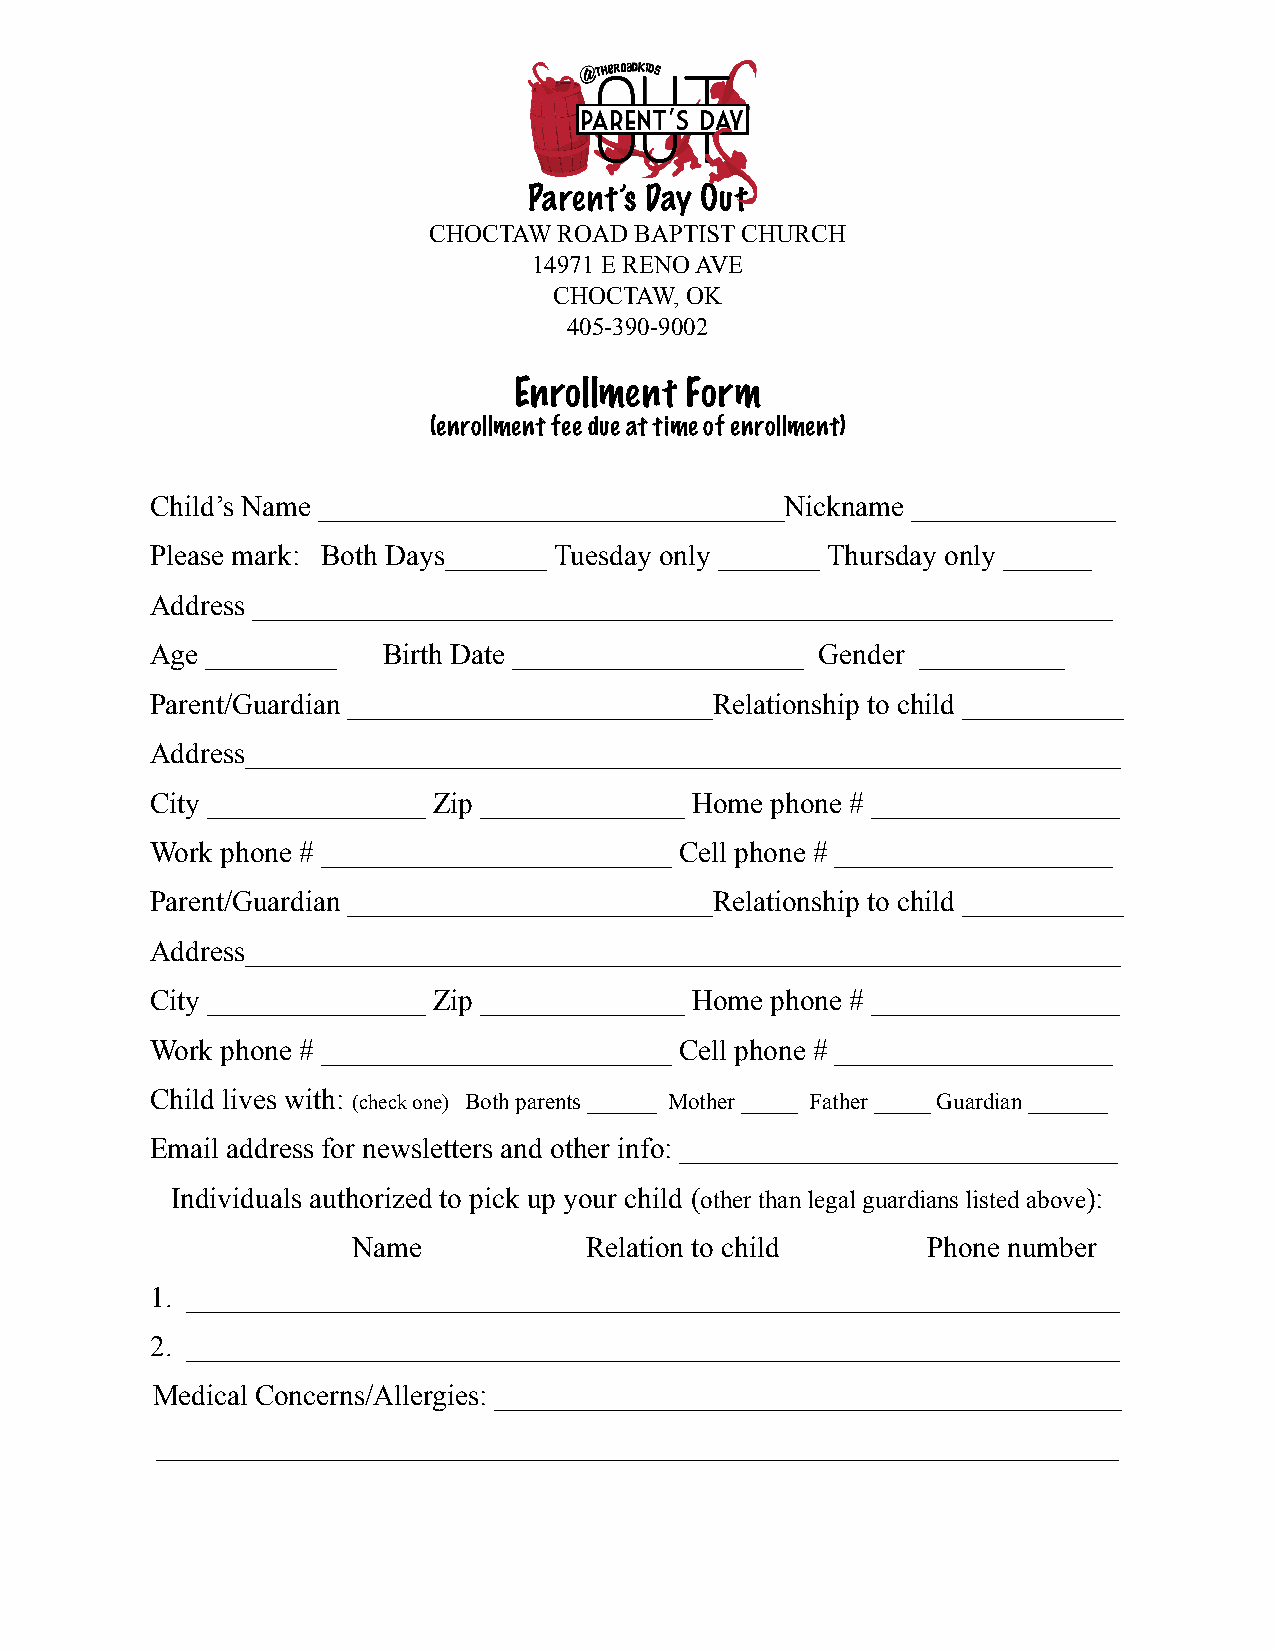
Parent’s Day Out
 CHOCTAW  ROAD BAPTIST CHURCH
 14971 E RENO AVE
 CHOCTAW, OK
 405-390-9002
 Enrollment Form
 (enrollment fee due at time of enrollment)
 Child’s Name ________________________________Nickname ______________
 Please mark: Both Days_______ Tuesday only _______ Thursday only ______
 Address ___________________________________________________________
 Age _________  Birth Date ____________________ Gender __________
 Parent/Guardian _________________________Relationship to child ___________
 Address____________________________________________________________
 City _______________ Zip ______________ Home phone # _________________
 Work phone # ________________________ Cell phone # ___________________
 Parent/Guardian _________________________Relationship to child ___________
 Address____________________________________________________________
 City _______________ Zip ______________ Home phone # _________________
 Work phone # ________________________ Cell phone # ___________________
 Child lives with: (check one) Both parents ______ Mother _____ Father _____ Guardian _______
 Email address for newsletters and other info: ______________________________
 Individuals authorized to pick up your child (other than legal guardians listed above):
 Name            Relation to child     Phone number
 1. ________________________________________________________________
 2. ________________________________________________________________
 Medical Concerns/Allergies: ___________________________________________
 __________________________________________________________________